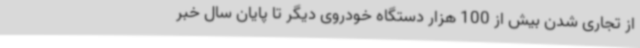
از تجاری شدن بیش از 100 هزار دستگاه خودروی دیگر تا پایان سال خبر